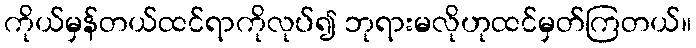
ကိုယ်မှန်တယ်ထင်ရာကိုလုပ်၍ ဘုရားမလိုဟုထင်မှတ်ကြတယ်။